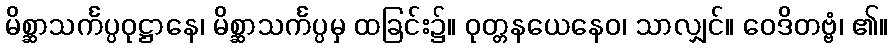
မိစ္ဆာသင်္ကပ္ပဝုဋ္ဌာနေ၊ မိစ္ဆာသင်္ကပ္ပမှ ထခြင်း၌။ ဝုတ္တနယေနေဝ၊ သာလျှင်။ ဝေဒိတဗ္ဗံ၊ ၏။